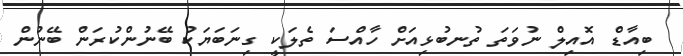
ބިއާޑް އޮއިލް ނުވަތަ ތުނބުޅިއަށް ހާއްސަ ތެލަކީ ގިނަބަޔަކު ބޭނުންކުރަން ބޭނުން